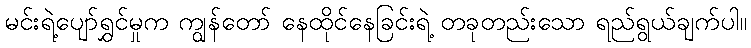
မင်းရဲ့ပျော်ရွှင်မှုက ကျွန်တော် နေထိုင်နေခြင်းရဲ့ တခုတည်းသော ရည်ရွယ်ချက်ပါ။